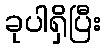
ခုပါရှိပြီး